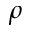
\rho